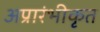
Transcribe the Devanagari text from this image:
अप्रारंभीकृत